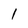
Character: 1